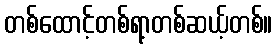
တစ်ထောင့်တစ်ရာ့တစ်ဆယ့်တစ်။